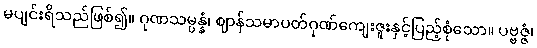
မပျင်းရိသည်ဖြစ်၍။ ဂုဏသမ္ပန္နံ၊ ဈာန်သမာပတ်ဂုဏ်ကျေးဇူးနှင့်ပြည့်စုံသော။ ပဗ္ဗဇ္ဇံ၊